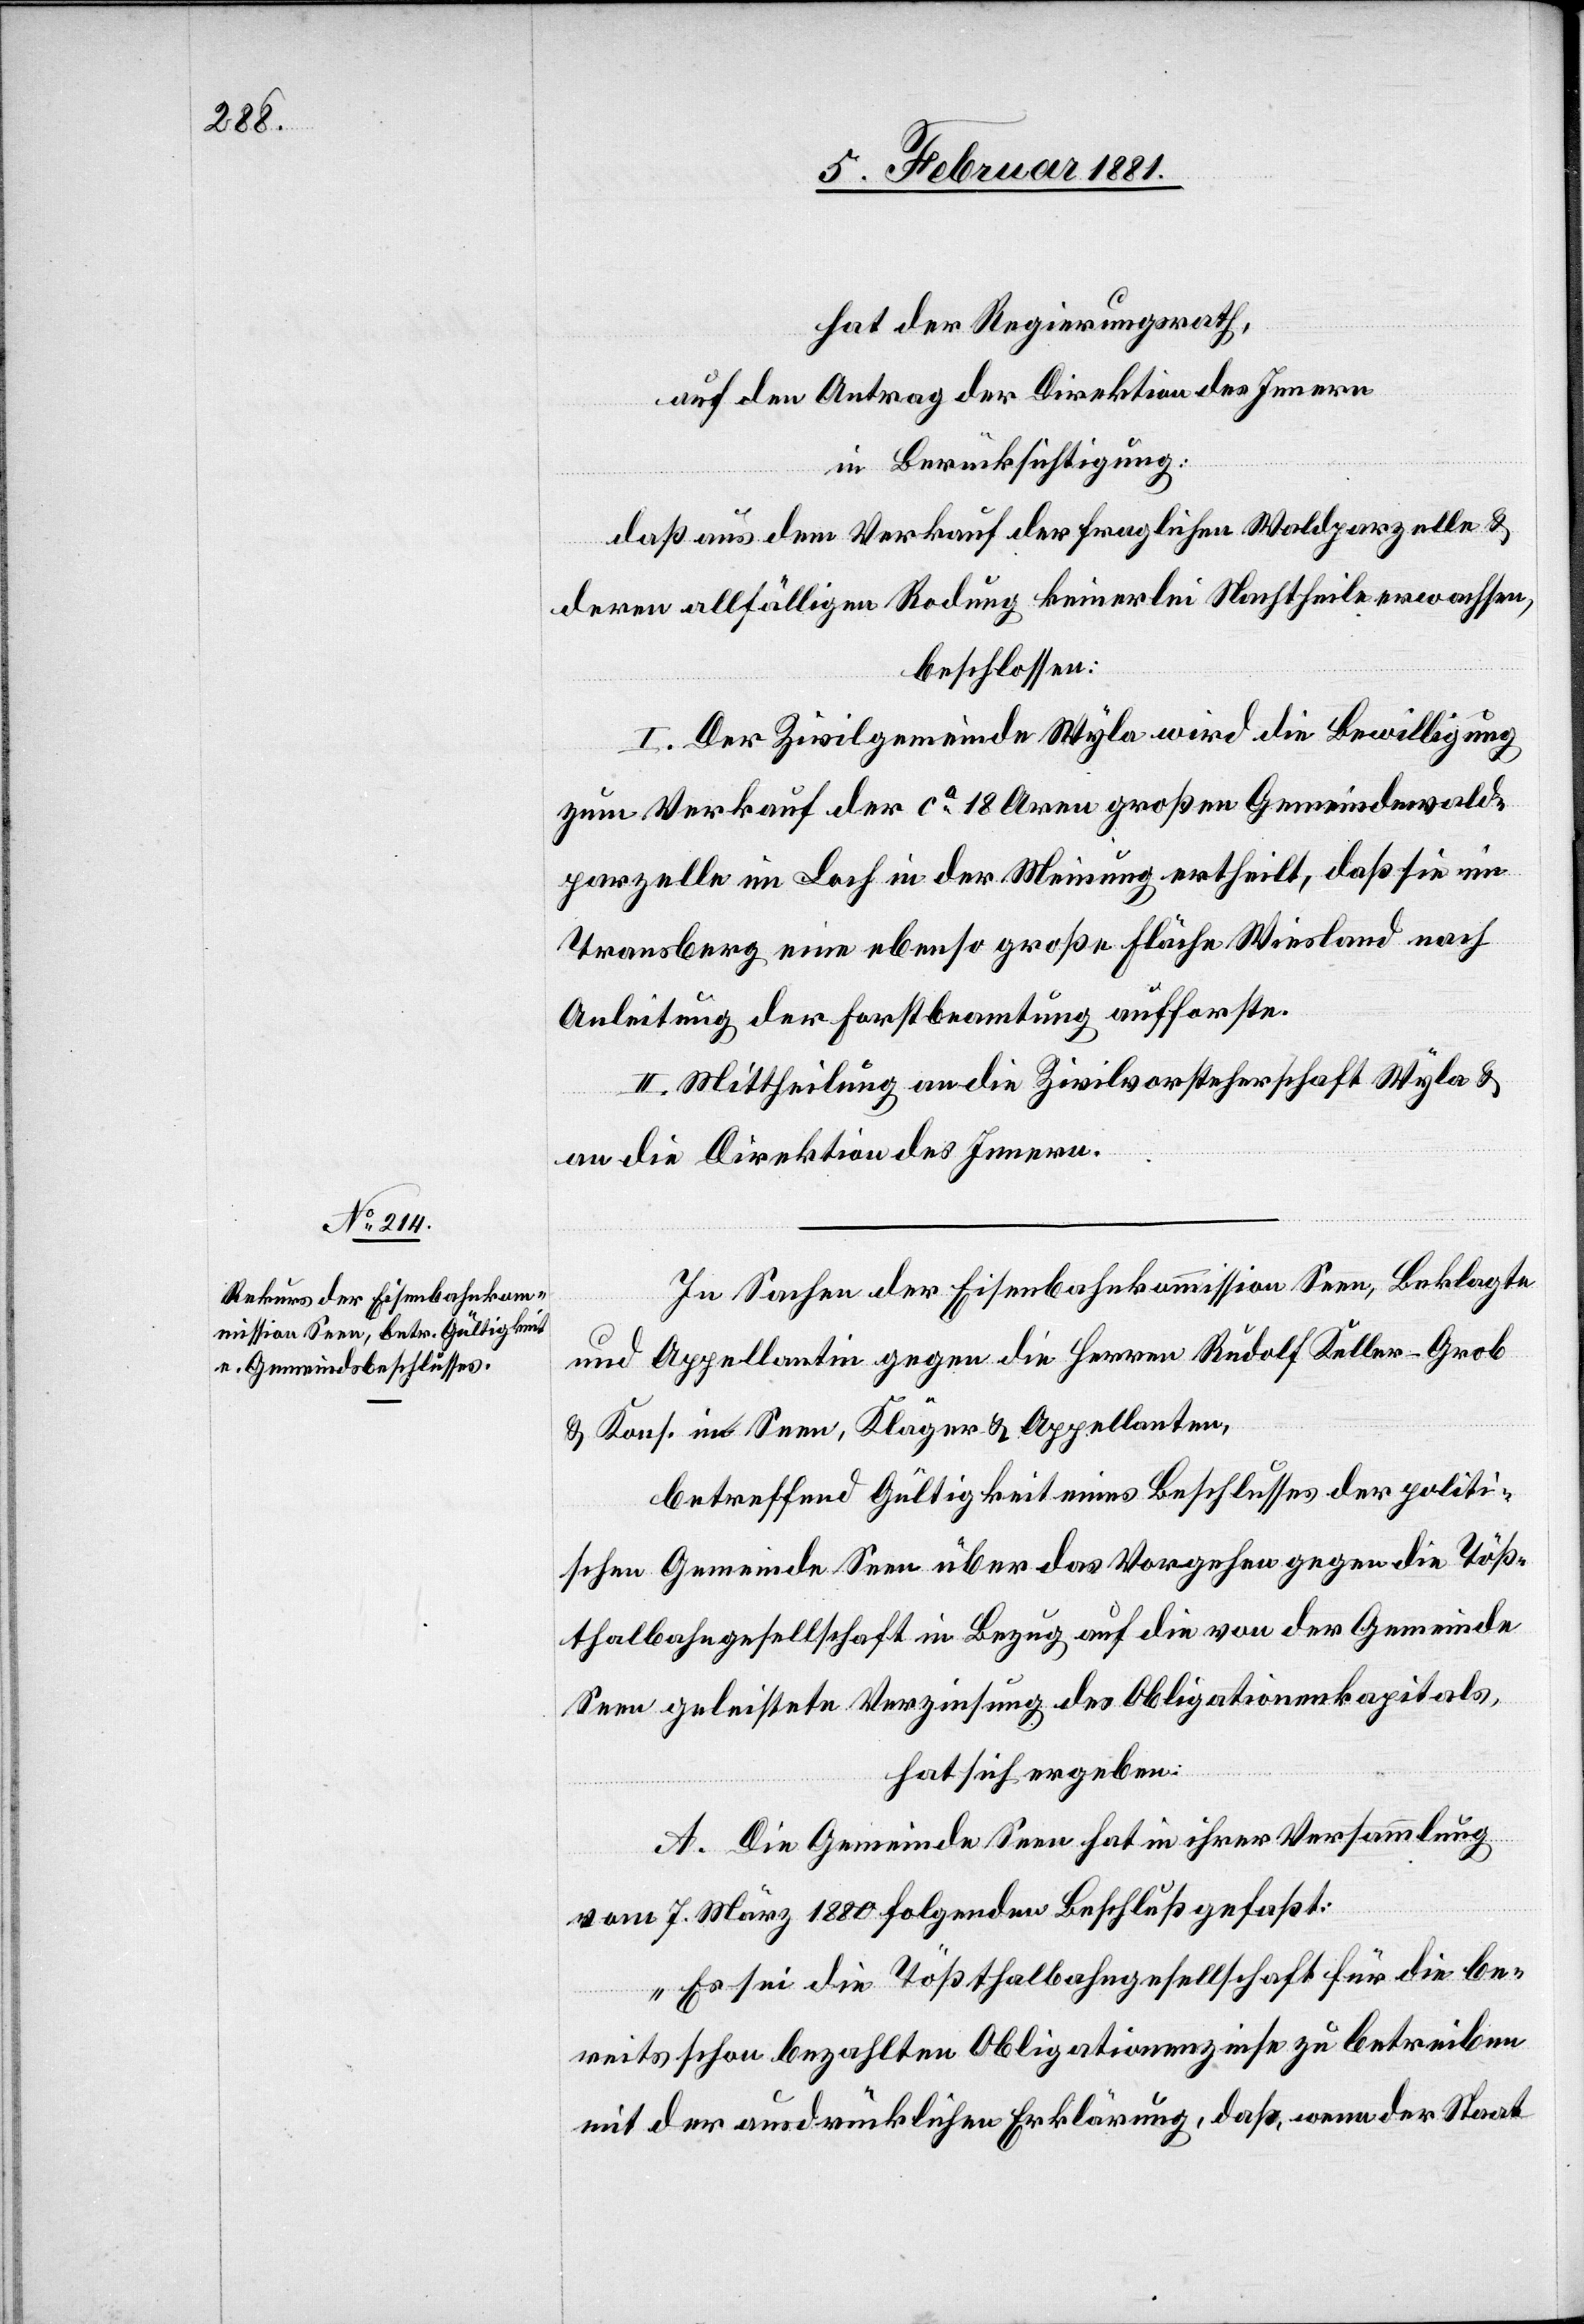
hat der Regierungsrath,
auf den Antrag der Direktion des Innern,
in Berücksichtigung:
daß aus dem Verkauf der fraglichen Waldparzelle &
deren allfälligen Rodung keinerlei Nachtheile erwachsen,
beschlossen:
I. Der Zivilgemeinde Wyla wird die Bewilligung
zum Verkauf der ca 18 Aren großen Gemeindewald
Parzelle im Loch in der Meinung ertheilt, daß sie im
Transberg eine ebenso große Fläche Wiesland nach
Anleitung der Forstbeamtung aufforste.
II. Mittheilung an die Zivilvorsteherschaft Wyla &
an die Direktion des Innern.
In Sachen der Eisenbahnkommission Seen, Beklagte
und Appellantin gegen die Herren Rudolf Keller-Grob
& Kons. in Seen, Kläger & Appellanten,
betreffend Gültigkeit eines Beschlusses der politi¬
schen Gemeinde Seen über das Vorgehen gegen die Töß¬
thalbahngesellschaft in Bezug auf die von der Gemeinde
Seen geleistete Verzinsung des Obligationenkapitals,
hat sich ergeben:
A. Die Gemeinde Seen hat in ihrer Versammlung
vom 7. März 1880 folgenden Beschluß gefaßt:
„Es sei die Tößthalbahngesellschaft für die be¬
reits schon bezahlten Obligationenzinse zu betreiben
mit der ausdrücklichen Erklärung, daß, wenn der Staat